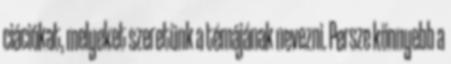
ciációkat, melyeket szeretünk a témájának nevezni. Persze könnyebb a